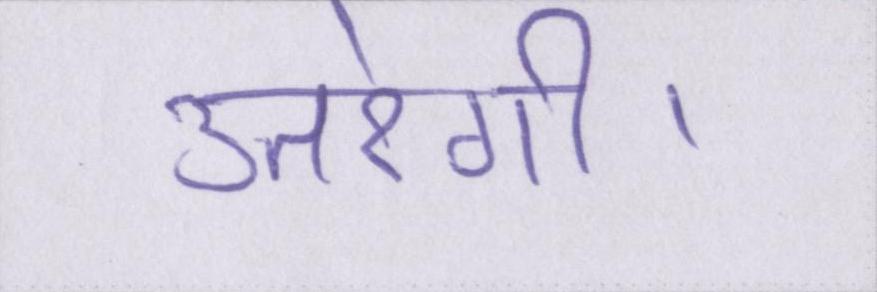
उतरेगी।